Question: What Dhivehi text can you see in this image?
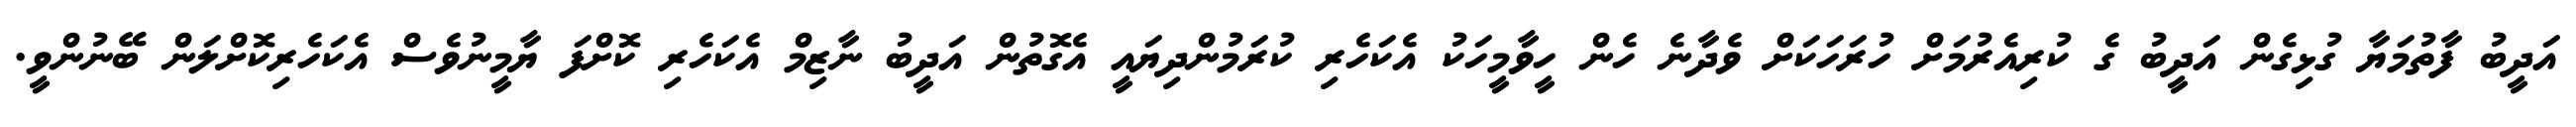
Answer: އަދީބު ފާތުމަޔާ ގުޅިގެން އަދީބު ގެ ކުރިއެރުމަށް ހުރަހަކަށް ވެދާނެ ހެން ހީވާމީހަކު އެކަހެރި ކުރަމުންދިޔައީ އެގޮތުން އަދީބު ނާޒިމް އެކަހެރި ކޮށްފަ ޔާމީނުވެސް އެކަހެރިކޮށްލަން ބޭނުންވީ.